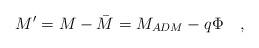
LaTeX: \begin{align*}M'=M-\bar{M}=M_{\mbox\tiny{ADM}}-q\Phi~~~,\end{align*}